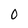
Character: O